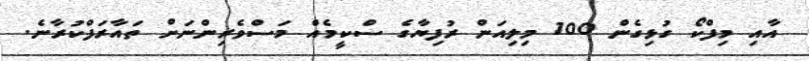
އާއި މިފްކޯ ގުޅިގެން 100 މިލިއަން ރުފިޔާގެ ސްކީމެއް މަސްވެރިންނަށް ތައާރަފްކުރާނެ.